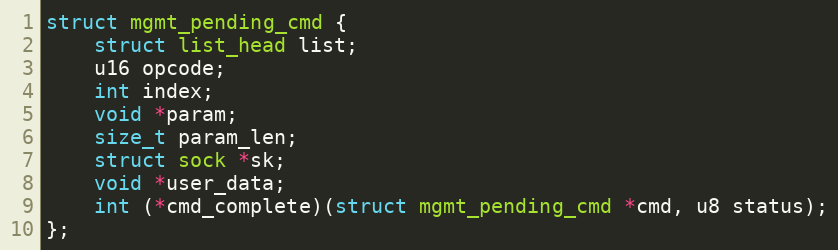
Language: C
struct mgmt_pending_cmd {
	struct list_head list;
	u16 opcode;
	int index;
	void *param;
	size_t param_len;
	struct sock *sk;
	void *user_data;
	int (*cmd_complete)(struct mgmt_pending_cmd *cmd, u8 status);
};